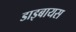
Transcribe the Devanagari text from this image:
डाइबायस